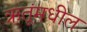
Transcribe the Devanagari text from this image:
ऋतूंमधील